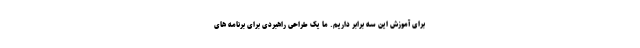
برای آموزش این سه برابر داریم. ما یک طراحی راهبردی برای برنامه های